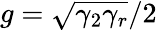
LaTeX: g=\sqrt{\gamma_{2}\gamma_{r}}/2